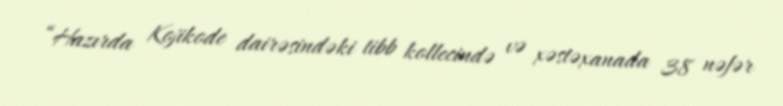
“Hazırda Kojikode dairəsindəki tibb kollecində və xəstəxanada 38 nəfər